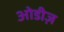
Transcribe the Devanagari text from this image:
ओडीज़